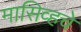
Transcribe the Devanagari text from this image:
मासिव्हचे